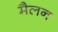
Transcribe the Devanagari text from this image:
मैलन